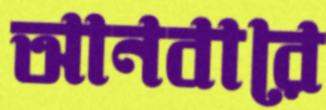
আনবারে